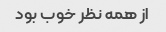
از همه نظر خوب بود